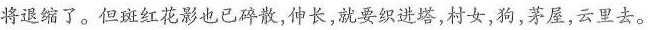
将退缩了。但斑红花影也已碎散，伸长，就要织进塔，村女，狗，茅屋，云里去。